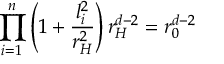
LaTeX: \prod _ { i = 1 } ^ { n } \left( 1 + \frac { l _ { i } ^ { 2 } } { r _ { H } ^ { 2 } } \right) r _ { H } ^ { d - 2 } = r _ { 0 } ^ { d - 2 }